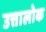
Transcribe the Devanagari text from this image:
उत्तालोक